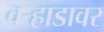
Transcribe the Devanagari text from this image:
वऱ्हाडावर